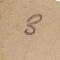
3